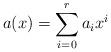
LaTeX: \begin{align*}a(x)=\sum_{i=0}^r a_ix^i\end{align*}